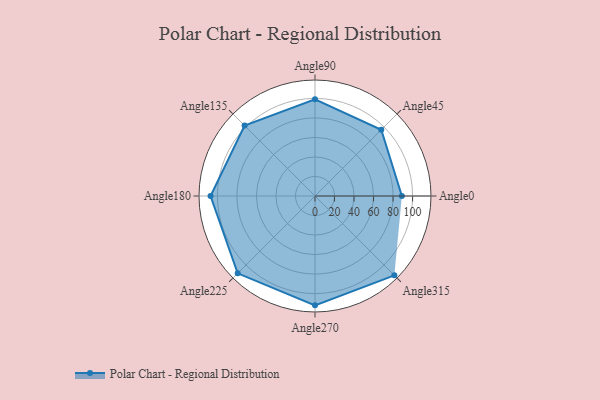
{"axis": {"x": "Angle", "y": "Radius"}, "legend": [""], "data": [{"x": "Angle0", "y": 89.0, "type": ""}, {"x": "Angle45", "y": 96.0, "type": ""}, {"x": "Angle90", "y": 99.0, "type": ""}, {"x": "Angle135", "y": 102.0, "type": ""}, {"x": "Angle180", "y": 107.0, "type": ""}, {"x": "Angle225", "y": 112.0, "type": ""}, {"x": "Angle270", "y": 112.0, "type": ""}, {"x": "Angle315", "y": 115.0, "type": ""}]}